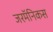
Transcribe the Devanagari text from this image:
जरमॅनिकस